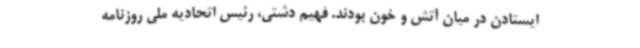
ایستادن در میان آتش و خون بودند. فهیم دشتی، رئیس اتحادیه ملی روزنامه